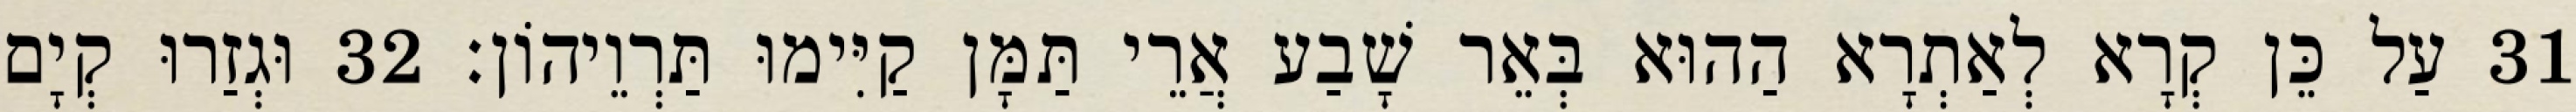
31 עַל כֵּן קְרָא לְאַתְרָא הַהוּא בְּאֵר שָׁבַע אֲרֵי תַּמָּן קַיִּימוּ תַּרְוֵיהוֹן׃ 32 וּגְזַרוּ קְיָם